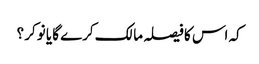
کہ اس کا فیصلہ مالک کرے گا یا نوکر ؟